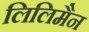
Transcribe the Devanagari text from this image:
लिलिमैन